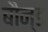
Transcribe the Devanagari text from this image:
बौन्ड